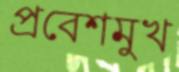
প্রবেশমুখ